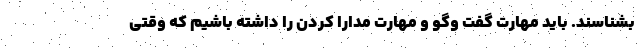
بشناسند. باید مهارت گفت وگو و مهارت مدارا کردن را داشته باشیم که وقتی